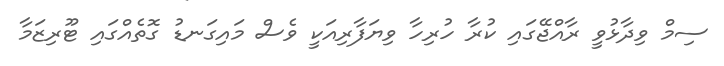
ސިމް ވިދާޅުވީ ރާއްޖޭގައި ކުރާ ހުރިހާ ވިޔަފާރިއަކީ ވެސް މައިގަނޑު ގޮތެއްގައި ޓޫރިޒަމާ